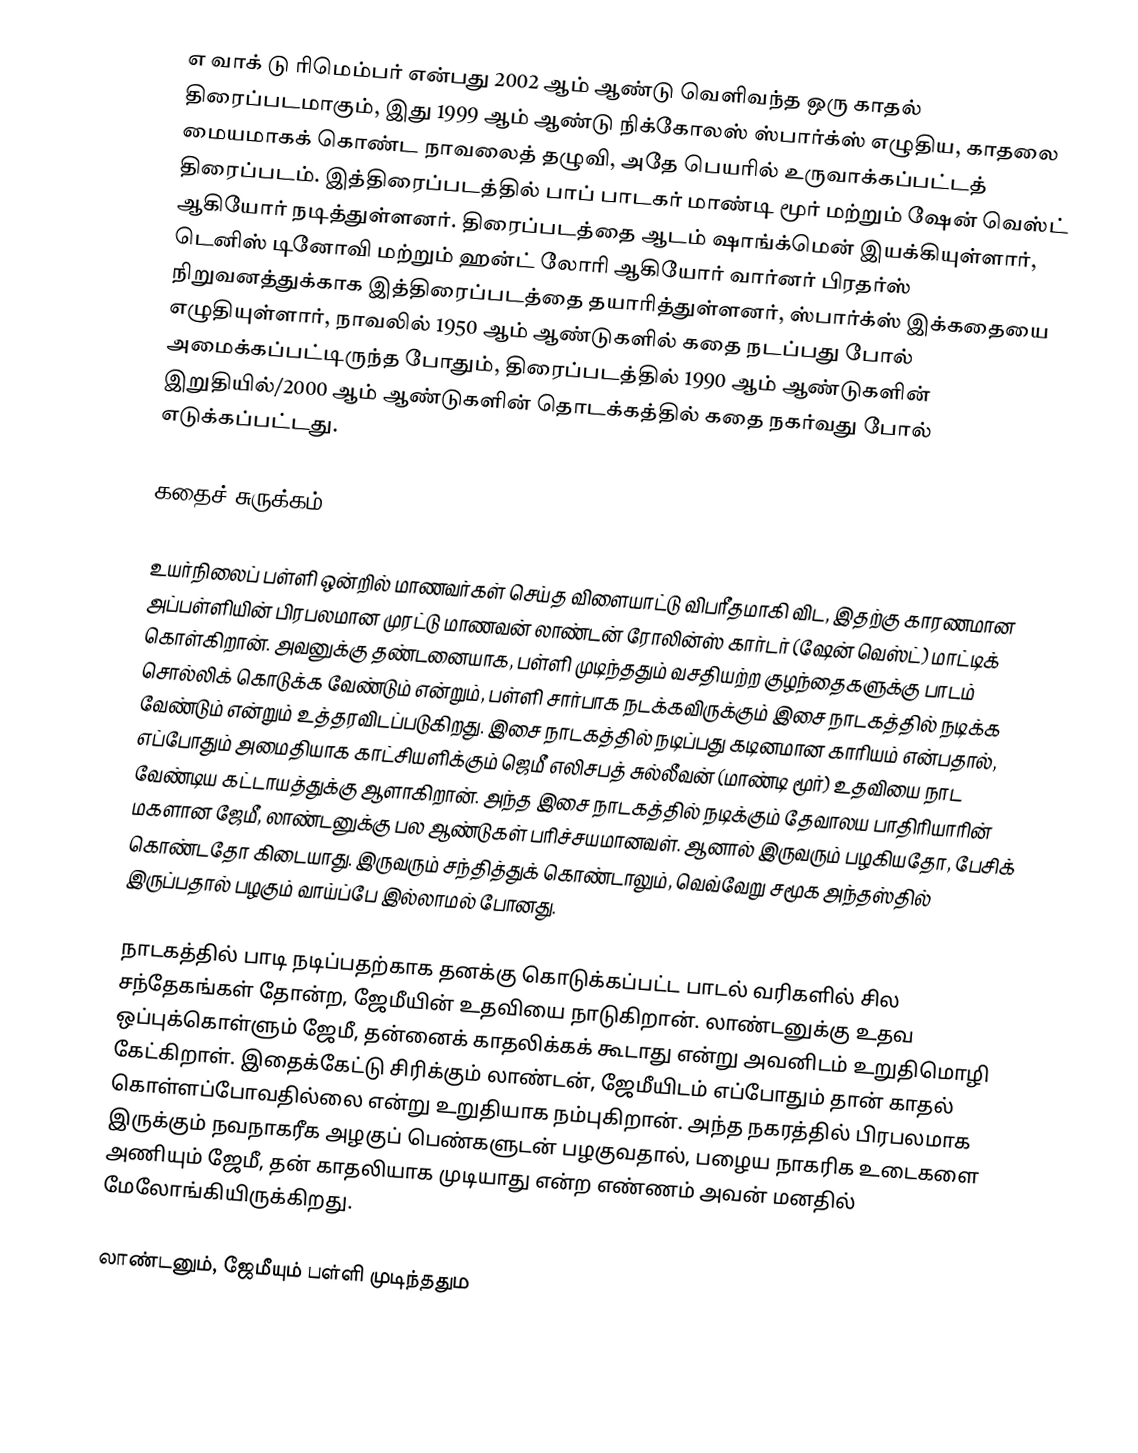
எ வாக் டு ரிமெம்பர் என்பது 2002 ஆம் ஆண்டு வெளிவந்த ஒரு காதல் திரைப்படமாகும், இது 1999 ஆம் ஆண்டு நிக்கோலஸ் ஸ்பார்க்ஸ் எழுதிய, காதலை மையமாகக் கொண்ட நாவலைத் தழுவி, அதே பெயரில் உருவாக்கப்பட்டத் திரைப்படம். இத்திரைப்படத்தில் பாப் பாடகர் மாண்டி மூர் மற்றும் ஷேன் வெஸ்ட் ஆகியோர் நடித்துள்ளனர். திரைப்படத்தை ஆடம் ஷாங்க்மென் இயக்கியுள்ளார், டெனிஸ் டினோவி மற்றும் ஹன்ட் லோரி ஆகியோர் வார்னர் பிரதர்ஸ் நிறுவனத்துக்காக இத்திரைப்படத்தை தயாரித்துள்ளனர், ஸ்பார்க்ஸ் இக்கதையை எழுதியுள்ளார், நாவலில் 1950 ஆம் ஆண்டுகளில் கதை நடப்பது போல் அமைக்கப்பட்டிருந்த போதும், திரைப்படத்தில் 1990 ஆம் ஆண்டுகளின் இறுதியில்/2000 ஆம் ஆண்டுகளின் தொடக்கத்தில் கதை நகர்வது போல் எடுக்கப்பட்டது.

கதைச் சுருக்கம்

உயர்நிலைப் பள்ளி ஒன்றில் மாணவர்கள் செய்த விளையாட்டு விபரீதமாகி விட, இதற்கு காரணமான அப்பள்ளியின் பிரபலமான முரட்டு மாணவன் லாண்டன் ரோலின்ஸ் கார்டர் (ஷேன் வெஸ்ட்) மாட்டிக் கொள்கிறான். அவனுக்கு தண்டனையாக, பள்ளி முடிந்ததும் வசதியற்ற குழந்தைகளுக்கு பாடம் சொல்லிக் கொடுக்க வேண்டும் என்றும், பள்ளி சார்பாக நடக்கவிருக்கும் இசை நாடகத்தில் நடிக்க வேண்டும் என்றும் உத்தரவிடப்படுகிறது. இசை நாடகத்தில் நடிப்பது கடினமான காரியம் என்பதால், எப்போதும் அமைதியாக காட்சியளிக்கும் ஜெமீ எலிசபத் சுல்லீவன் (மாண்டி மூர்) உதவியை நாட வேண்டிய கட்டாயத்துக்கு ஆளாகிறான். அந்த இசை நாடகத்தில் நடிக்கும் தேவாலய பாதிரியாரின் மகளான ஜேமீ, லாண்டனுக்கு பல ஆண்டுகள் பரிச்சயமானவள். ஆனால் இருவரும் பழகியதோ, பேசிக் கொண்டதோ கிடையாது. இருவரும் சந்தித்துக் கொண்டாலும், வெவ்வேறு சமூக அந்தஸ்தில் இருப்பதால் பழகும் வாய்ப்பே இல்லாமல் போனது.

நாடகத்தில் பாடி நடிப்பதற்காக தனக்கு கொடுக்கப்பட்ட பாடல் வரிகளில் சில சந்தேகங்கள் தோன்ற, ஜேமீயின் உதவியை நாடுகிறான். லாண்டனுக்கு உதவ ஒப்புக்கொள்ளும் ஜேமீ, தன்னைக் காதலிக்கக் கூடாது என்று அவனிடம் உறுதிமொழி கேட்கிறாள். இதைக்கேட்டு சிரிக்கும் லாண்டன், ஜேமீயிடம் எப்போதும் தான் காதல் கொள்ளப்போவதில்லை என்று உறுதியாக நம்புகிறான். அந்த நகரத்தில் பிரபலமாக இருக்கும் நவநாகரீக அழகுப் பெண்களுடன் பழகுவதால், பழைய நாகரிக உடைகளை அணியும் ஜேமீ, தன் காதலியாக முடியாது என்ற எண்ணம் அவன் மனதில் மேலோங்கியிருக்கிறது.

லாண்டனும், ஜேமீயும் பள்ளி முடிந்ததும